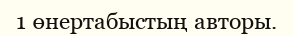
1 өнертабыстың авторы.